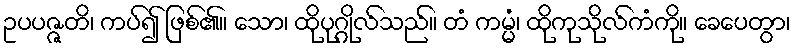
ဥပပဇ္ဇတိ၊ ကပ်၍ ဖြစ်၏။ သော၊ ထိုပုဂ္ဂိုလ်သည်။ တံ ကမ္မံ၊ ထိုကုသိုလ်ကံကို။ ခေပေတွာ၊